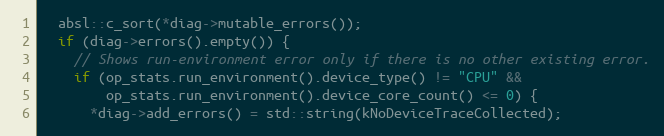
Language: C++
  absl::c_sort(*diag->mutable_errors());
  if (diag->errors().empty()) {
    // Shows run-environment error only if there is no other existing error.
    if (op_stats.run_environment().device_type() != "CPU" &&
        op_stats.run_environment().device_core_count() <= 0) {
      *diag->add_errors() = std::string(kNoDeviceTraceCollected);